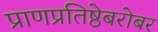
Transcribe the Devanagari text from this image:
प्राणप्रतिष्ठेबरोबर